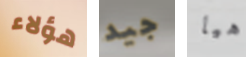
هؤلاء جيد هيا